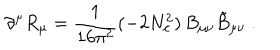
LaTeX: \partial ^ { \mu } R _ { \mu } = \frac { 1 } { 1 6 \pi ^ { 2 } } ( - 2 N _ { c } ^ { 2 } ) \, B _ { \mu \nu } \tilde { B } _ { \mu \nu } \; .